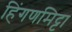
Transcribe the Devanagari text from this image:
हिंगणमिट्टा